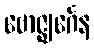
ဗောဇ္ဈင်္ဂေန